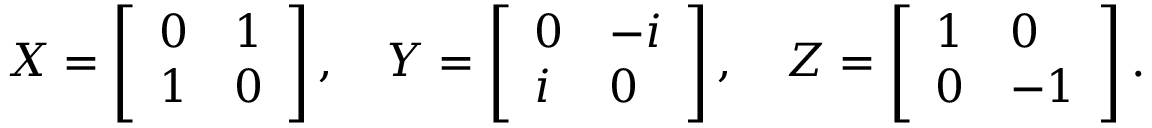
X = \left[ \begin{array} { l l } { 0 } & { 1 } \\ { 1 } & { 0 } \end{array} \right] , \quad Y = \left[ \begin{array} { l l } { 0 } & { - i } \\ { i } & { 0 } \end{array} \right] , \quad Z = \left[ \begin{array} { l l } { 1 } & { 0 } \\ { 0 } & { - 1 } \end{array} \right] .